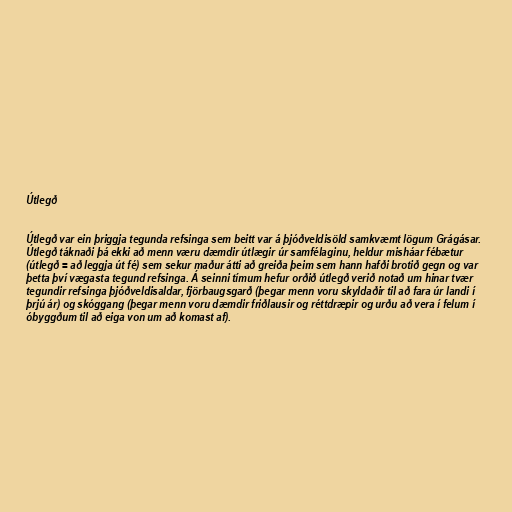
Útlegð

Útlegð var ein þriggja tegunda refsinga sem beitt var á þjóðveldisöld samkvæmt lögum Grágásar.
Útlegð táknaði þá ekki að menn væru dæmdir útlægir úr samfélaginu, heldur misháar fébætur
(útlegð = að leggja út fé) sem sekur maður átti að greiða þeim sem hann hafði brotið gegn og var
þetta því vægasta tegund refsinga. Á seinni tímum hefur orðið útlegð verið notað um hinar tvær
tegundir refsinga þjóðveldisaldar, fjörbaugsgarð (þegar menn voru skyldaðir til að fara úr landi í
þrjú ár) og skóggang (þegar menn voru dæmdir friðlausir og réttdræpir og urðu að vera í felum í
óbyggðum til að eiga von um að komast af).